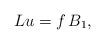
LaTeX: \begin{align*}L u=f \,B_1,\end{align*}